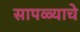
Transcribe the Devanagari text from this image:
सापळ्याचे